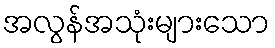
အလွန်အသုံးများသော